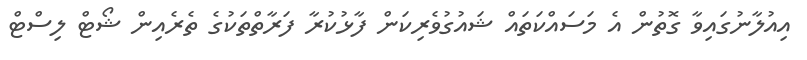
އިއުލާނުގައިވާ ގޮތުން އެ މަސައްކަތައް ޝައުގުވެރިކަން ފާޅުކުރާ ފަރާތްތަކުގެ ތެރެއިން ޝޯޓް ލިސްޓް